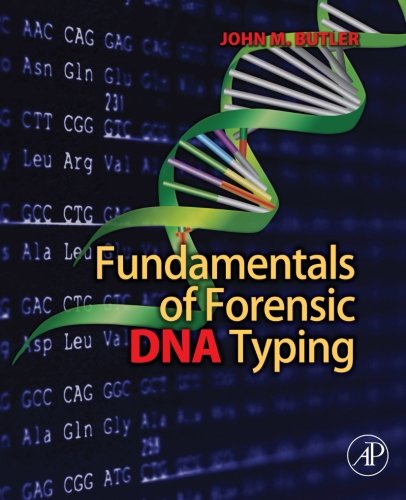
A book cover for Fundamentals of Forensic DNA Typing; John M. Butler; Computers & Technology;